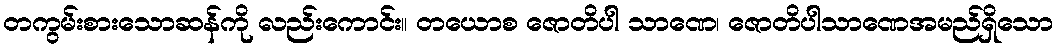
တကွမ်းစားသောဆန်ကို လည်းကောင်း။ တယောစ ဇောတိပါ သာဏေ၊ ဇောတိပါသာဏေအမည်ရှိသော